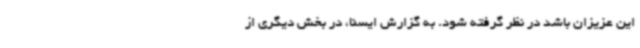
این عزیزان باشد در نظر گرفته شود. به گزارش ایسنا، در بخش دیگری از